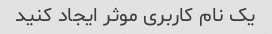
یک نام کاربری موثر ایجاد کنید